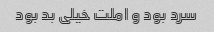
سرد بود و املت خیلی بد بود